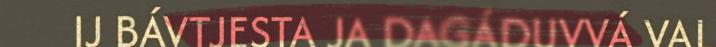
IJ BÁVTJESTA JA DAGÁDUVVÁ VAL